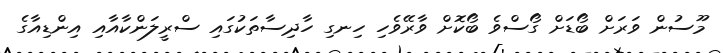
މޫސުން ވަރަށް ބޯޑަށް ގޯސްވެ ބޯކޮށް ވާރޭވެހި ހިނގި ހާދިސާތަކުގައި ސްރީލަންކާއާއި އިންޑިއާގެ